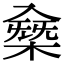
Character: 𠓸